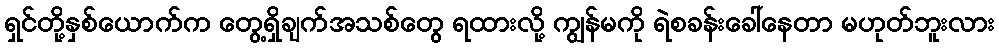
ရှင်တို့နှစ်ယောက်က တွေ့ရှိချက်အသစ်တွေ ရထားလို့ ကျွန်မကို ရဲစခန်းခေါ်နေတာ မဟုတ်ဘူးလား